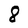
Character: 8